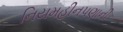
નિયમહીનપણાની